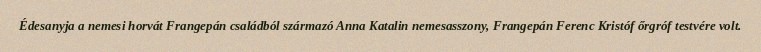
Édesanyja a nemesi horvát Frangepán családból származó Anna Katalin nemesasszony, Frangepán Ferenc Kristóf őrgróf testvére volt.